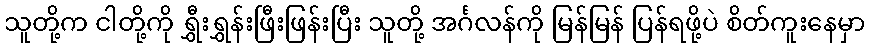
သူတို့က ငါတို့ကို ရွှီးရွှန်းဖြီးဖြန်းပြီး သူတို့ အင်္ဂလန်ကို မြန်မြန် ပြန်ရဖို့ပဲ စိတ်ကူးနေမှာ